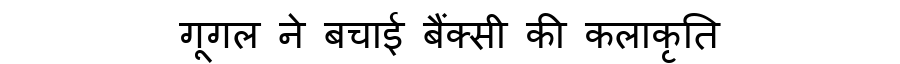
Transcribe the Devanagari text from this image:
गूगल ने बचाई बैंक्सी की कलाकृति